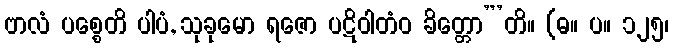
ဗာလံ ပစ္စေတိ ပါပံ, သုခုမော ရဇော ပဋိဝါတံဝ ခိတ္တော”’တိ။ (ဓ။ ပ။ ၁၂၅၊